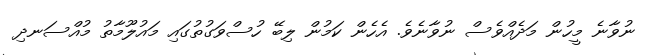
ނުވާނެ މީހުން މަދެއްވެސް ނުވާނެވެ. އެހެން ކަމުން ލިބޭ ހުސްވަގުތުގައި މައުލޫމާތު މުއްސަނދި